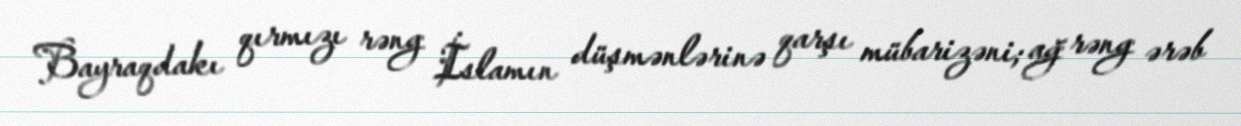
Bayraqdakı qırmızı rəng İslamın düşmənlərinə qarşı mübarizəni; ağ rəng ərəb